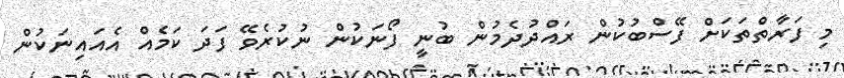
މި ފަރާތްތަކަށް ފޭސްބުކުން ރައްދުދެމުން ބުނީ ފޯނަކުން ނުކުރެވޭ ފަދަ ކަމެއް އެއައިނަކުން